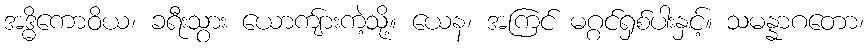
အဒ္ဓိကောဝိယ၊ ခရီးသွား ယောကျ်ားကဲ့သို့။ ယေန၊ အကြင် မဂ္ဂင်ရှစ်ပါးနှင့်။ သမန္နာဂတော၊